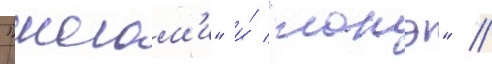
"могам'и" и́ "тонэ" //